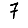
Digit: 7